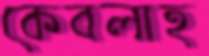
কেবলাহ